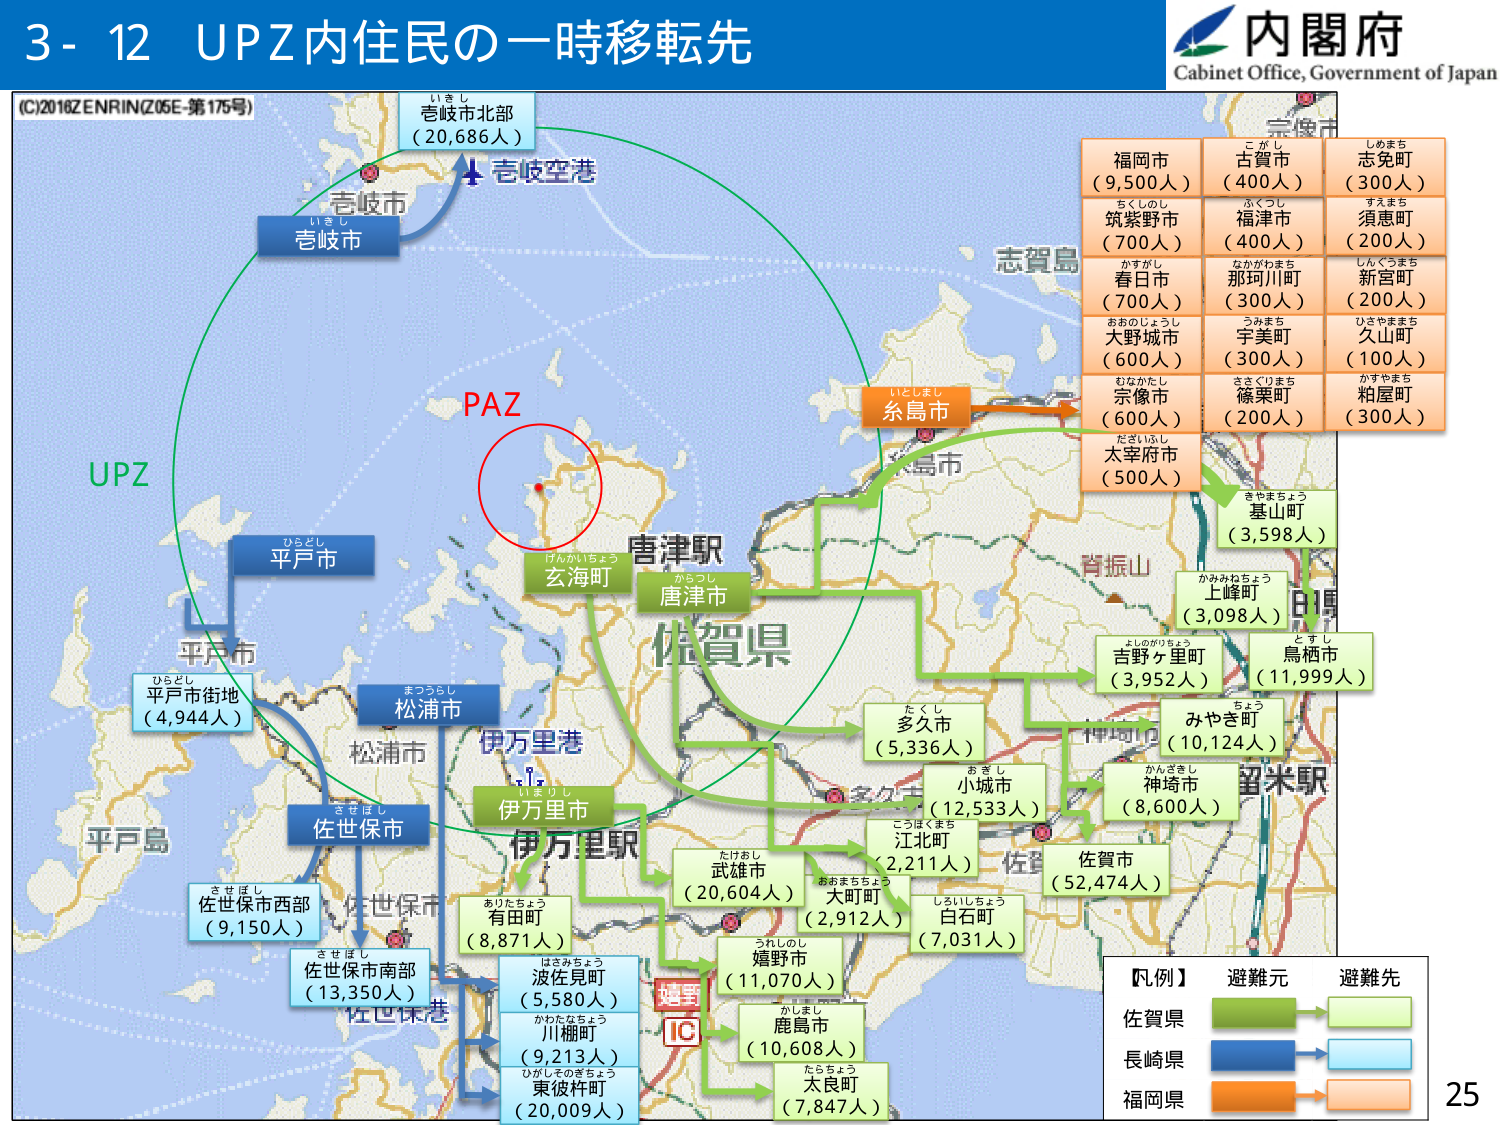
3-12 UPZ内住民の一時移転先
(C)2016ZENRIN(Z05E-第175号)
内閣府
Cabinet Office, Government of Japan
いきし
壱岐市北部
(20,686人)
壱岐市
いきし
壱岐空港
UPZ
ひらどし
平戸市
平戸市
ひらどし
平戸市街地
(4,944人)
まつうらし
松浦市
佐世保市
させぼし
佐世保市西部
(9,150人)
させぼし
佐世保市南部
(13,350人)
佐世保港
伊万里港
いまりし
伊万里市
伊万里駅
玄海町
げんかいちょう
唐津市
からつし
唐津駅
PAZ
志賀島
糸島市
いとしまし
太宰府市
だざいふし
(500人)
宗像市
むなかたし
(600人)
大野城市
おおのじょうし
(600人)
春日市
かすがし
(700人)
筑紫野市
ちくしのし
(700人)
福岡市
(9,500人)
古賀市
こがし
(400人)
志免町
しめまち
(300人)
須恵町
すえまち
(200人)
那珂川町
なかがわまち
(300人)
新宮町
しんぐうまち
(200人)
久山町
ひさやままち
(100人)
篠栗町
ささぐりまち
(200人)
粕屋町
かすやまち
(300人)
宇美町
うみまち
(300人)
福津市
ふくつし
(400人)
きやまちょう
基山町
(3,598人)
かみねちょう
上峰町
(3,098人)
よしがりちょう
吉野ヶ里町
(3,952人)
としし
鳥栖市
(11,999人)
みやき町
ちょう
(10,124人)
かんざきし
神埼市
(8,600人)
留米駅
たぐし
多久市
(5,336人)
おきし
小城市
(12,533人)
こづぼくまち
江北町
(2,211人)
おおまちちょう
大町町
(2,912人)
しろいしちょう
白石町
(7,031人)
佐賀市
(52,474人)
たけたし
武雄市
(20,604人)
ありたちょう
有田町
(8,871人)
はさみちょう
波佐見町
(5,580人)
かわたなちょう
川棚町
(9,213人)
ひがしざきちょう
東彼杵町
(20,009人)
うれしのし
嬉野市
(11,070人)
かしまし
鹿島市
(10,608人)
たらちょう
太良町
(7,847人)
嬉野IC
【凡例】
避難元 → 避難先
佐賀県
長崎県
福岡県
25